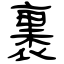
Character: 裹